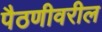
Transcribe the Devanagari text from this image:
पैठणीवरील